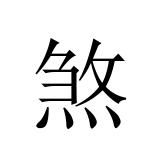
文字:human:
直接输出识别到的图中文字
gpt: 煞